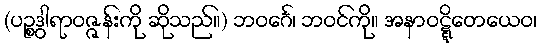
(ပဉ္စဒွါရာဝဇ္ဇန်းကို ဆိုသည်။) ဘဝင်္ဂေ၊ ဘဝင်ကို။ အနာဝဋ္ဋိတေယေဝ၊